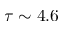
\tau \sim 4 . 6